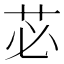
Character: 苾